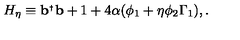
H _ { \eta } \equiv { \bf b } ^ { _ { \dagger } } { \bf b } + 1 + 4 \alpha ( \phi _ { 1 } + \eta \phi _ { 2 } \Gamma _ { 1 } ) , .